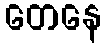
တေနေ